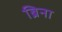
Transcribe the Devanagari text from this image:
ब्रिना